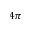
4 \pi